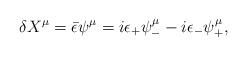
LaTeX: \begin{align*}\delta X^\mu =\bar{\epsilon}\psi^\mu = i\epsilon_+\psi_- ^\mu-i\epsilon_-\psi_+ ^\mu ,\end{align*}